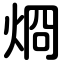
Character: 烱